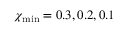
\chi _ { \mathrm { m i n } } = 0 . 3 , 0 . 2 , 0 . 1